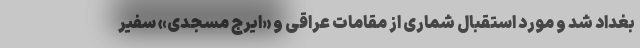
بغداد شد و مورد استقبال شماری از مقامات عراقی و «ایرج مسجدی» سفیر